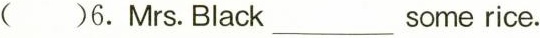
()6.Mrs.Black___some rice.